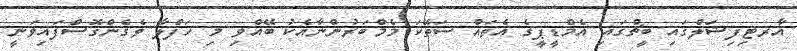
އާރޓިފިޝަލްގައި ބީޗްގައި އެމްޑީޕީގެ އެތައް ސަތޭކަ މެމްބަރުންނާއެކު ބޭއްވި މި ހަފްލާ ވެގެންގޮސްފައިވަނީ